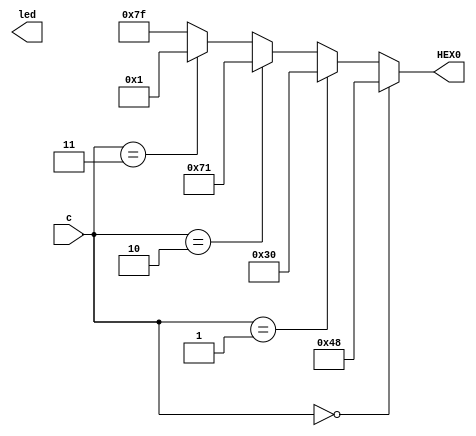
module L2part4(c,led,HEX0);

	input[2:0]c; 
	output [2:0]led; //led connected c
	output [0:6]HEX0; // 7seg showing alphabet
	
	assign HEX0 = (c ==3'b000) ? 7'b1001000: // alphabet 'H'
					  (c ==3'b001) ? 7'b0110000: // alphabet 'E'
					  (c ==3'b010) ? 7'b1110001: // alphabet 'L'
					  (c ==3'b011) ? 7'b0000001: // alphabet 'O'
										  7'b1111111; // blank
endmodule